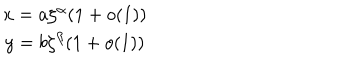
\begin{array} { c } { { x = a \zeta ^ { \alpha } ( 1 + o ( 1 ) ) } } \\ { { y = b \zeta ^ { \beta } ( 1 + o ( 1 ) ) } } \\ \end{array}